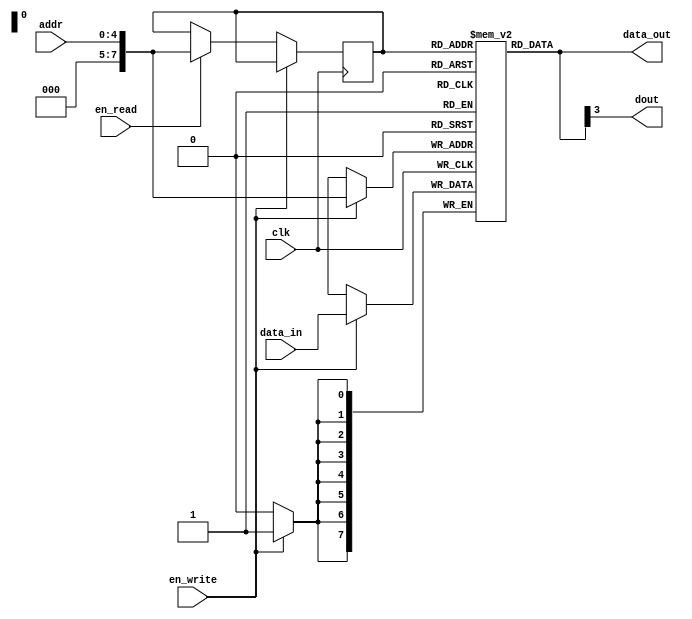
module ram_single_port(
        input en_write, en_read,clk,
        input [ram_width-1:0] data_in,
        input [addr_size-1 : 0]addr,
        output [ram_width-1:0] data_out, 
        output dout );

 reg [ram_width-1:0]  reg_addr;

 reg [ram_width-1:0] mem [0 : ram_depth-1] ;  

parameter ram_width = 8,
          addr_size = 5,
          ram_depth = 256 ;

assign data_out  = mem[reg_addr];
assign dout =  mem[reg_addr][3] ; 
  always @(posedge clk)
    begin
      if(en_write)
        mem[addr] <= data_in;
       else if(en_read)
         reg_addr <= addr ;
       else
         $strobe("No operation");

     end
endmodule